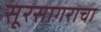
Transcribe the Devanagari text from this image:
सूरसागराचा